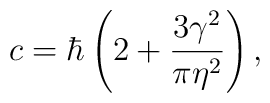
c=\hbar\left(2+\frac{3\gamma^2}{\pi\eta^2}\right),